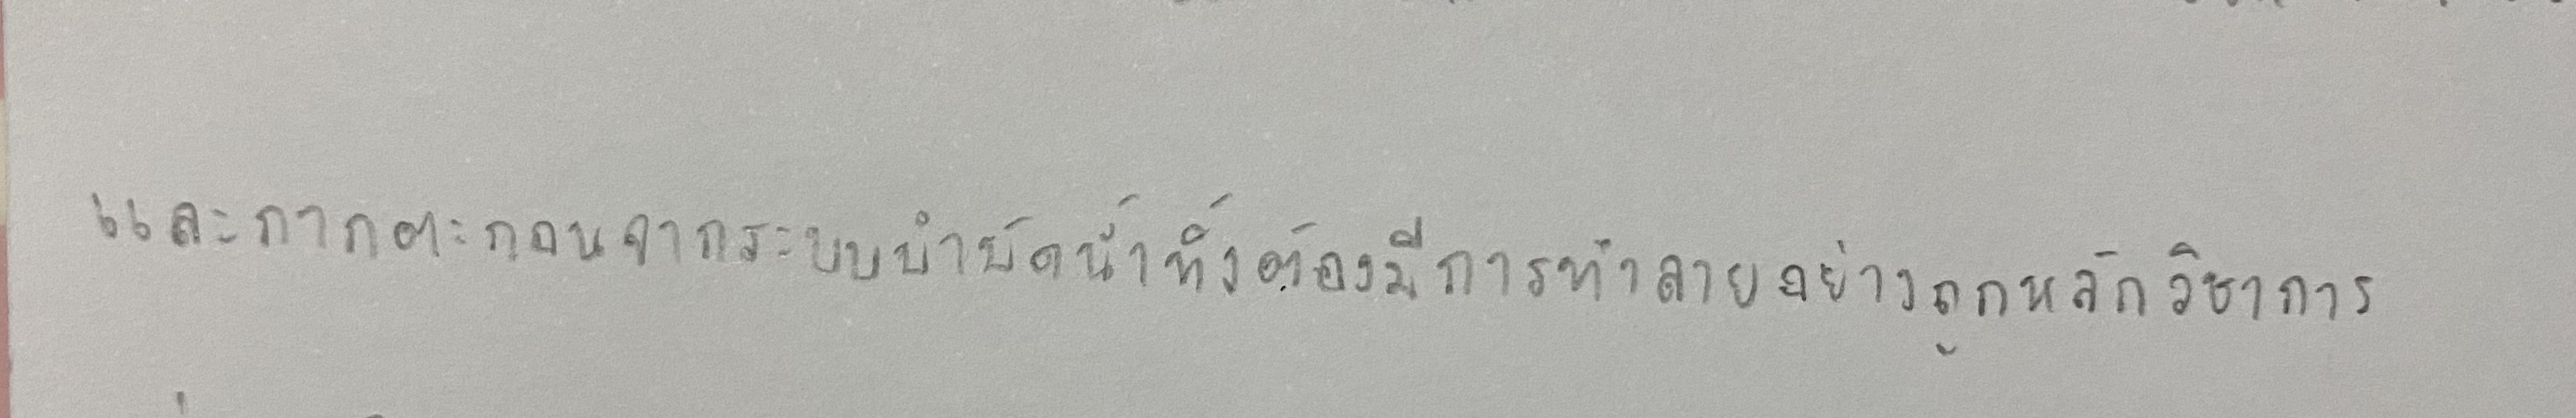
และกากตะกอนจากระบบบำบัดน้ำทิ้งต้องมีการทำลายอย่างถูกหลักวิชาการ